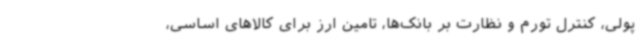
پولی، کنترل تورم و نظارت بر بانک‌ها، تامین ارز برای کالاهای اساسی،